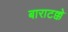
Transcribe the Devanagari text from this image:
बाराटक्के